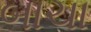
બાચા